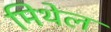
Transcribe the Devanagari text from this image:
मिथेल